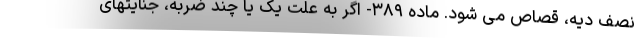
نصف دیه، قصاص می شود. ماده ۳۸۹- اگر به علت یک یا چند ضربه، جنایتهای